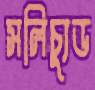
সলিচ্যুড